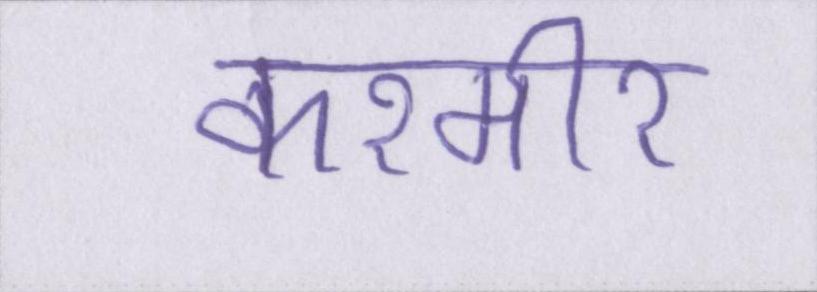
कश्मीर